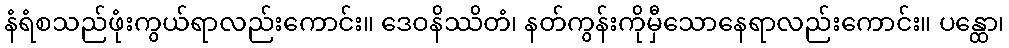
နံရံစသည်ဖုံးကွယ်ရာလည်းကောင်း။ ဒေဝနိဿိတံ၊ နတ်ကွန်းကိုမှီသောနေရာလည်းကောင်း။ ပန္ထော၊